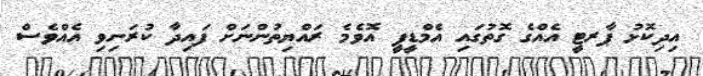
އިދިކޮޅު ޕާރޓީ އެއްގެ ގޮތުގައި އެމްޑީޕީ އޮވެމެ ރައްޔިތުންނަށް ފައިދާ ކުރަނިވި އެއްވެސް